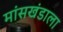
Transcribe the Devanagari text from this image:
मांसखंडाला